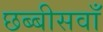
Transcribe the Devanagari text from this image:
छब्बीसवाँ